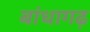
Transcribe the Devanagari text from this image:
बांधागढ़